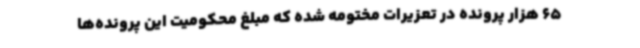
65 هزار پرونده در تعزیرات مختومه شده که مبلغ محکومیت این پرونده‌ها